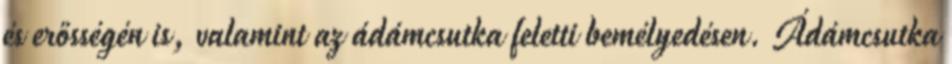
és erősségén is, valamint az ádámcsutka feletti bemélyedésen. Ádámcsutka